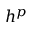
h ^ { p }